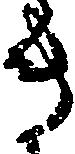
き